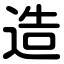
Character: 造